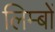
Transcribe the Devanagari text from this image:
लिम्बों